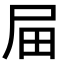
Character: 屇